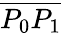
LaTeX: \overline{{P_{0}P_{1}}}